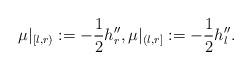
LaTeX: \begin{align*}\mu|_{[l,r)}:=-\frac{1}{2}h''_r,\mu|_{(l,r]}:=-\frac{1}{2}h''_l. \end{align*}